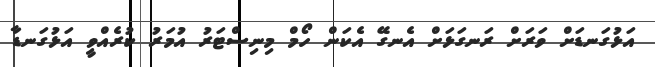
އަޅުގަނޑަށް ވަރަށް ރަނގަޅަށް އެނގޭ އެކަން ހޯމް މިނިސްޓަރު އުމަރު ކުރެއްވީ އަޅުގަނޑާ